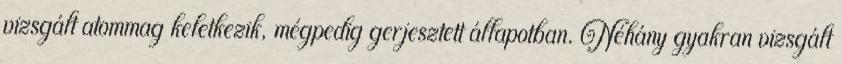
vizsgált atommag keletkezik, mégpedig gerjesztett állapotban. Néhány gyakran vizsgált